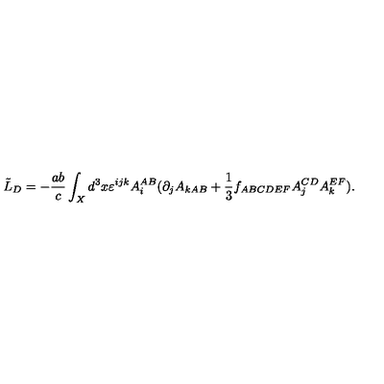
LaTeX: \tilde { L } _ { D } = - { \frac { a b } { c } } \int _ { X } d ^ { 3 } x \varepsilon ^ { i j k } A _ { i } ^ { A B } ( \partial _ { j } A _ { k A B } + { \frac { 1 } { 3 } } f _ { A B C D E F } A _ { j } ^ { C D } A _ { k } ^ { E F } ) .